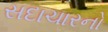
સદાચારનો